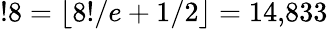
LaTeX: !8=\lfloor 8!/e+1/2\rfloor=14{,}833